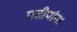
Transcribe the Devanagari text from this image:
प्रदीपांना